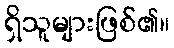
ရှိသူများဖြစ်၏။